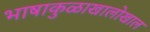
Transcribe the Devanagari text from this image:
भाषाकुळाखालोखाल